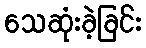
သေဆုံးခဲ့ခြင်း